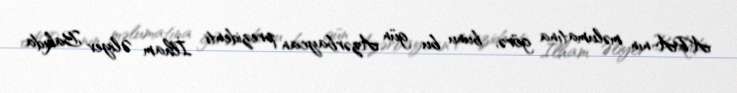
APA-nın məlumatına görə, bunu bu gün Azərbaycan prezidenti İlham Əliyev Bakıda